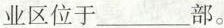
业区位于___部。